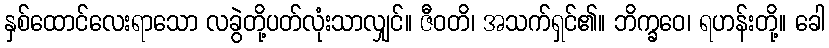
နှစ်ထောင်လေးရာသော လခွဲတို့ပတ်လုံးသာလျှင်။ ဇီဝတိ၊ အသက်ရှင်၏။ ဘိက္ခဝေ၊ ရဟန်းတို့။ ခေါ